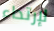
لإرتداء